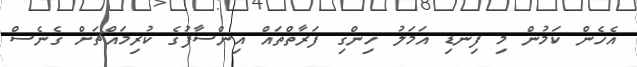
އެހެން ކަމުން މި ފިނޑި އަމަލު ހިންގި ފަރާތްތައް އިންސާފުގެ ކުރިމައްޗަށް ގެނެސް